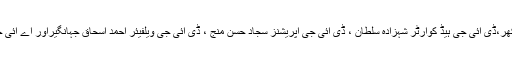
اس موقع پر ایڈیشنل آئی جی اسٹیبلشمنٹ، پنجاب اظہر حمید کھوکھر،ڈی آئی جی ہیڈ کوارٹر شہزادہ سلطان ، ڈی آئی جی آپریشنز سجاد حسن منج ، ڈی آئی جی ویلفیئر احمد اسحاق جہانگیراور اے آئی جی آپریشنز عمران محمود سمیت دیگر افسران بھی موجود تھے ۔